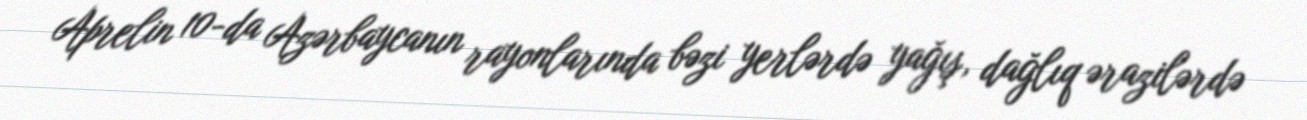
Aprelin 10-da Azərbaycanın rayonlarında bəzi yerlərdə yağış, dağlıq ərazilərdə